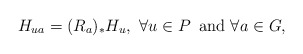
\begin{align*}H_{ua} = (R_{a})_{*}H_{u},\,\,\forall u\in P\,\mbox{ and } \forall a\in G,\end{align*}